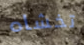
تخشاه